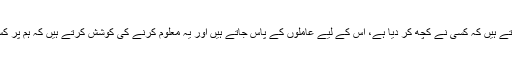
ہم اس کی وجہ عام طور پر یہ سمجھتے ہیں کہ کسی نے کچھ کر دیا ہے، اس کے لیے عاملوں کے پاس جاتے ہیں اور یہ معلوم کرنے کی کوشش کرتے ہیں کہ ہم پر کس نے وار کیا ہے اور کیوں کیا ہے؟